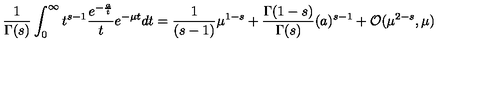
{ \frac { 1 } { \Gamma ( s ) } } \int _ { 0 } ^ { \infty } t ^ { s - 1 } { \frac { e ^ { - { \frac { a } { t } } } } { t } } e ^ { - \mu t } d t = { \frac { 1 } { ( s - 1 ) } } \mu ^ { 1 - s } + { \frac { \Gamma ( 1 - s ) } { \Gamma ( s ) } } ( { a } ) ^ { s - 1 } + { \cal O } ( \mu ^ { 2 - s } , \mu )